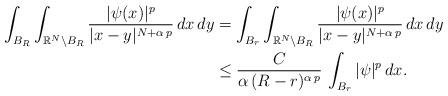
LaTeX: \begin{align*}\int_{B_R}\int_{\mathbb{R}^N\setminus B_R} \frac{|\psi(x)|^p}{|x-y|^{N+\alpha\,p}}\,dx\,dy&=\int_{B_r}\int_{\mathbb{R}^N\setminus B_R} \frac{|\psi(x)|^p}{|x-y|^{N+\alpha\,p}}\,dx\,dy\\&\le \frac{C}{\alpha\,(R-r)^{\alpha\,p}}\,\int_{B_r} |\psi|^p\,dx.\end{align*}